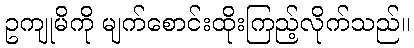
ဥကျုမိကို မျက်စောင်းထိုးကြည့်လိုက်သည်။